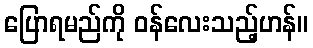
ပြောရမည်ကို ဝန်လေးသည့်ဟန်။